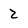
Character: 2